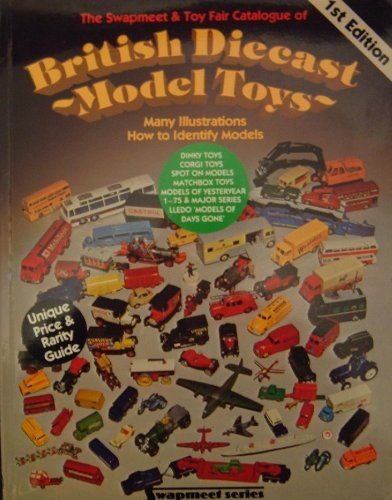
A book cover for The swapmeet and toy fair catalogue of British die-cast model toys (Swapmeet series); John Ramsay; Crafts, Hobbies & Home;